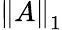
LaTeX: \left\Vert A\right\Vert_{1}